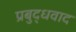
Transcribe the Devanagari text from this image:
प्रबुद्धवाद